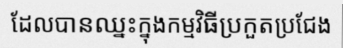
ដែលបានឈ្នះក្នុងកម្មវិធីប្រកួតប្រជែង